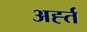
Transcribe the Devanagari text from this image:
अर्ह्त